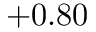
+ 0 . 8 0